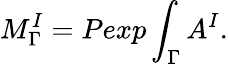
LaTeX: M_{\Gamma}^{I}=Pexp\int_{\Gamma}A^{I}.